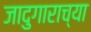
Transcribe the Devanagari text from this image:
जादुगाराच्या